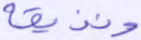
ونذيقه